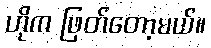
ဟိုက ဖြတ်တော့မယ်။